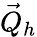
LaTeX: {\vec{Q}}_{h}